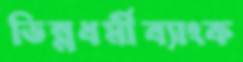
ভিন্নধর্মীব্যাংক